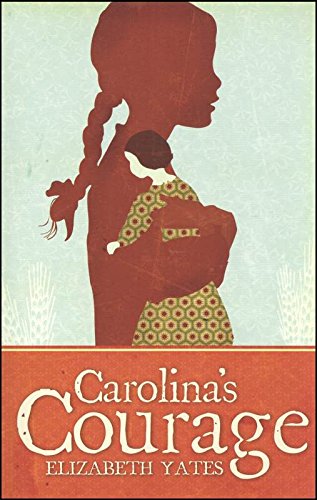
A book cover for Carolina's Courage; Elizabeth Yates; Romance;